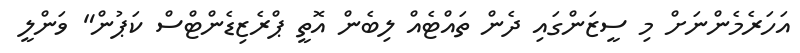
އަހަރެމެންނަށް މި ސީޒަންގައި ދެން ތައްޓެއް ލިބެން އޮތީ ޕްރެޒިޑެންޓްސް ކަޕުން" ވަންލީ